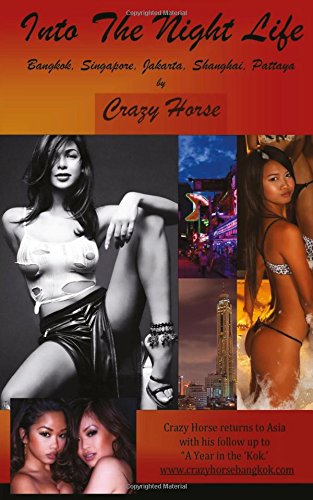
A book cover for Into The Night Life: Bangkok, Singapore, Jakarta, Shanghai, Pattaya; Crazy Horse; Travel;